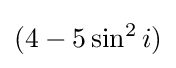
(4-5\sin ^{2}i)